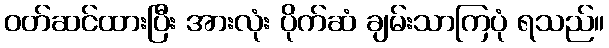
ဝတ်ဆင်ထားပြီး အားလုံး ပိုက်ဆံ ချမ်းသာကြပုံ ရသည်။